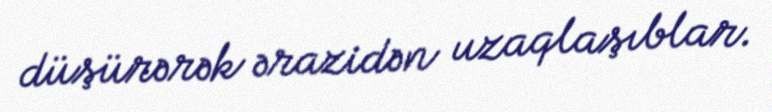
düşürərək ərazidən uzaqlaşıblar.